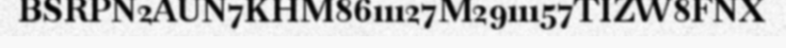
BSRPN2AUN7KHM8611127M2911157TIZW8FNX